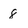
Character: 8